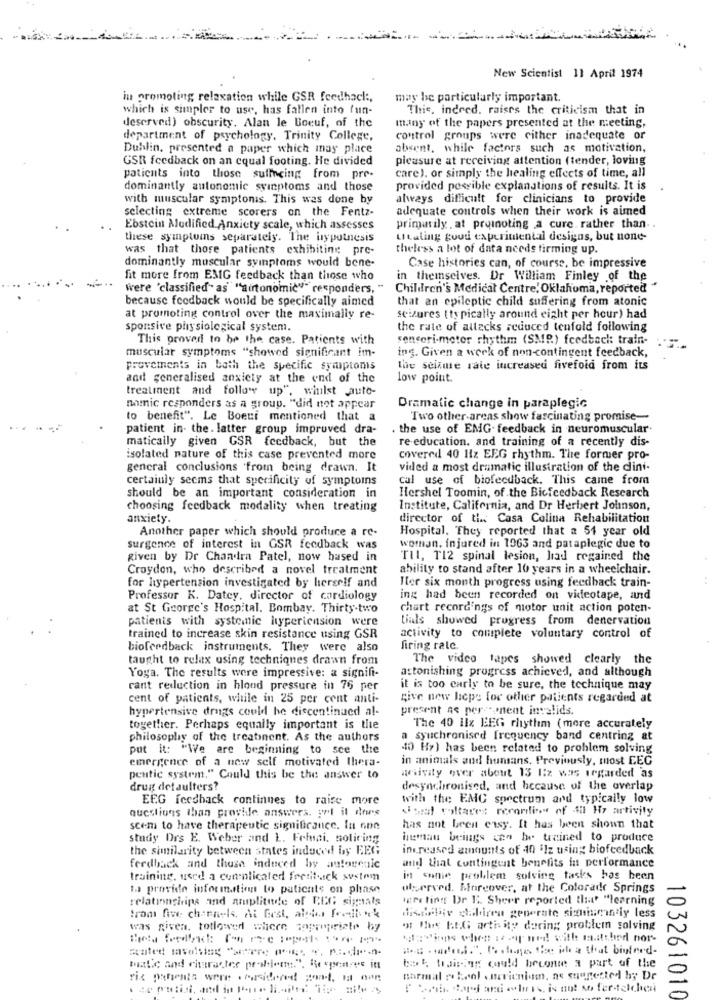
New Scientist 11 April 1974
in promoting relaxation while GSR feedhack :,
may be particularly important.
which is simples to use, has fallen into fun-
This, indeed. raises the criticism that in
deserved) obscurity. Alan le Boeuf, of the
many of the papers presented at the meeting,
department of psychology. Trinity College,
control groups were cither inadequate or
Dublin, presented a paper which may place
absent, while factors such as motivation,
GSR feedback on an equal footing. He divided
pleasure at receiving attention (tender, loving
care). or simply the healing effects of time, all
paticuts into those sulfncing from pre-
dominantly autonomic syinptoms and those
provided possible explanations of results. It is
with muscular symptonis. This was done by
always difficult for clinicians to provide
adequate controls when their work is aimed
selecting extreme scorers on the Fentz-
..
Ebstein Modified Anxiety scale, which assesses
primarily , at prumnoting a cure. rather than. .
these symptoms separately. The hypothesis
Litaling goud experimental designs, but none-
was that those patients exhibiting pre-
theless a lot of data needs firming up.
dominantly muscular symptoms would bene.
Case histories can, of course, be impressive
fit more from EMIG feedback than those who
in themselves. Dr William Finley of the
Were 'classified" as"autonomi"responders, "
Children's Medical Centre, Oklahoma, reported"
because feedback would be specifically aimed
that an epileptic child suffering from atonic
at promoting control over the maximally re-
seizures ( typically around eight per hour) had
sponsive physiological system.
the rate of allacks reduced tenfold following
This proveri to be the case. Patients with
sensori-meter rhythm (SMP.) feedback: train-
muscular symptoms "showed significant im-
ing. Given a week of non-contingent feedback,
provements in both the specific symptoms
lhe seisme rate increased fivefold from its
and generalised anxiety at the end of the
low point.
treatment and follow up", whilst auto-
namic responders as a group. "did not appear
Dramatic change in paraplegic
to benefit". Le Boeuf mentioned that a
Two other-arens show fascinating promise-
patient in- the. latter group impruved dra-
. the use of EMG. feedback in neuromuscular.
matically given GSR feedback, but the
re education. and training of a recently dis-
isolated nature of this case prevented more
covered 40 Hz EEG rhythm. The former pro-
general conclusions 'from being drawn. It
vided a most dramatic illustration of the dini-
certainly seems that specificity of symptoms
cal use of biofeedback. This came from
should be an important consideration in
Hershel Toomin, of the Bicfeedback Research
choosing feedback modality when treating
Institute, California, and Dr Herbert Johnson,
anxiety.
director of ti Casa Colina Rehabilitation
Another paper which should produce a re-
Hospital. They reported that a 54 year old
surgence of interest in GSR feedback was
woman, injured in 1963 and paraplegic due to
given by Dr Chandra Patel, now based in
Til, T12 spinal lesion, had regained the
Croydon, who described a novel treatment
ability to stand after 10 years in a wheelchair.
Her six month progress using feedback train-
for hypertension investigated by herself and
Professor K. Datey, director of cardiology
ing had been recorded on videotape, and
at St George's Hospital. Bombay. Thirty-two
chart recordings of motor unit action poten-
patients with systemic hypertension were
tials showed progress from denervation
trained to increase skin resistance using GSR
activity to complete voluntary control of
biofeedback instruments. They were also
firing rale.
taught to relax using techniques drawn from
The video tapes showed clearly the
astonishing progress achieved, and although
Yoga. The results were impressive: a signifi-
cant reduction in blood pressure in 76 per
it is too carly to be sure, the technique may
cent of patients, while in 25 per cent anti-
give new hepe for other patients regarded at
hypertensive drugs could he discontinued al-
present as per conent invalids.
together. Perhaps equally important is the
The 40 1lx BEG rhythm (more accurately
philosophy of the treatinent. As the authors
synchronised frequency band centring at
put it: "We are beginning to see the
40 Hz) has been related to problem solving
emergence of a new self motivated thera-
in animals and humans. Previously, most EEG
pentic system." Could this be the answer to
wsivity over about 13 liz was regarded as
drug defaulters?
desynchronised, and because of the overlap
EEG feedback continues to raise more
with the EMC spectrum and typically low
questions than provide answers. pol il ders
Somal voltares recordline of All Hy artivity
scem to have therapeutic significance. In one
has not been easy. It has been shown that
study Drs E. Weber and L. Frhai, soliring
human beings can be trained to produce
the similarity between states induced by EEG
increased amounts of -10 ilz using biofeedback
feedback and thusa induced by autorenic
and that contingent benefits in performance
training, used a complicated frestock system
in some problem solving tasks has been
to provide information to paticals on phase
olserved. Moreover, at the Colorado Springs
relationships and amplitude of EEG signals
meeting Dr E. Sheer reported that "learning
distintiv galorea generate signinginely less
trom five charnels, At Gest, alto feellink
was given. totlowed wheen copropriete by
of Hus BEG arthity daring problem solving
devions when it -of ned with mittbed nor-
matic and character problem.", Responses itt
bort fraising could beconte a part of the
riz patients were . considered sont, ma non
narmal rokenl Bericnium, as suantested by Dr
103261010